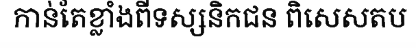
កាន់តែខ្លាំងពីទស្សនិកជន ពិសេសតប